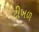
ટીખળ